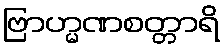
ဗြာဟ္မဏစတ္တာရိ